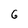
Character: 6